Cholera in southern India
Disease focus: Cholera
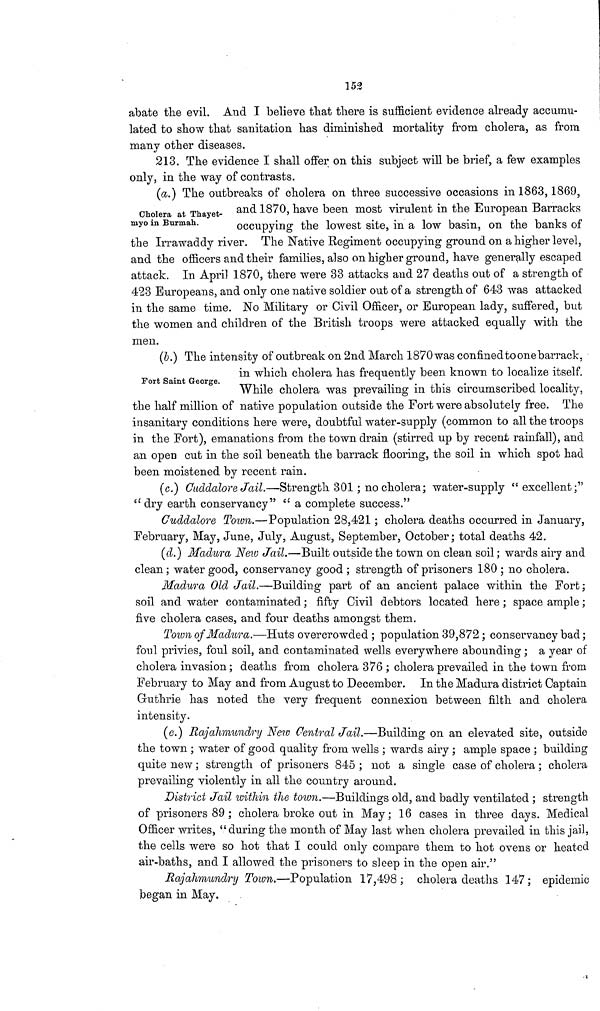
152
abate the evil. And I believe that there is sufficient evidence already accumu-
lated to show that sanitation has diminished mortality from cholera, as from
many other diseases.
213. The evidence I shall offer on this subject will be brief, a few examples
only, in the way of contrasts.
Cholera at Thayet-
myo in Burmah.
(a.) The outbreaks of cholera on three successive occasions m 1863,1869,
and 1870, have been most virulent in the European Barracks
occupying the lowest site, in a low basin, on the banks of
the Irrawaddy river. The Native Regiment occupying ground on a higher level,
and the officers and their families, also on higher ground, have generally escaped
attack. In April 1870, there were 33 attacks and 27 deaths out of a strength of
423 Europeans, and only one native soldier out of a strength of 643 was attacked
in the same time. No Military or Civil Officer, or European lady, suffered, but
the women and children of the British troops were attacked equally with the
men.
Fort Saint George.
(b.) The intensity of outbreak on 2nd March 1870was confined to one barrack,
in which cholera has frequently been known to localize itself.
While cholera was prevailing in this circumscribed locality,
the half million of native population outside the Fort were absolutely free. The
insanitary conditions here were, doubtful water-supply (common to all the troops
in the Fort), emanations from the town drain (stirred up by recent rainfall), and
an open cut in the soil beneath the barrack flooring, the soil in which spot had
been moistened by recent rain.
(c.) Cuddalore Jail.—Strength 301 ; no cholera; water-supply "excellent;"
" dry earth conservancy" " a complete success."
Cuddalore Town.—Population 28,421 ; cholera deaths occurred in January,
February, May, June, July, August, September, October; total deaths 42.
(d.) Madura New Jail.—Built outside the town on clean soil ; wards airy and
clean ; water good, conservancy good ; strength of prisoners 180 ; no cholera.
Madura Old Jail.—Building part of an ancient palace within the Fort;
soil and water contaminated ; fifty Civil debtors located here ; space ample ;
five cholera cases, and four deaths amongst them.
Town of Madura.—Huts overcrowded ; population 39,872 ; conservancy bad ;
foul privies, foul soil, and contaminated wells everywhere abounding ; a year of
cholera invasion; deaths from cholera 376 ; cholera prevailed in the town from
February to May and from August to December. In the Madura district Captain
Guthrie has noted the very frequent connexion between filth and cholera
intensity.
(e.) Bajahnundry New Central Jail.—Building on an elevated site, outside
the town ; water of good quality from wells ; wards airy ; ample space ; building
quite new ; strength of prisoners 845 ; not a single case of cholera ; cholera
prevailing violently in all the country around.
District Jail within the town.—Buildings old, and badly ventilated ; strength
of prisoners 89 ; cholera broke out in May; 16 cases in three days. Medical
Officer writes, "during the month of May last when cholera prevailed in this jail,
the cells were so hot that I could only compare them to hot ovens or heated
air-baths, and I allowed the prisoners to sleep in the open air."
Rajahmundry Town.—Population 17,498; cholera deaths 147; epidemic
began in May.